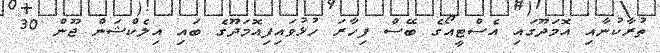
ތުރާކުނާއި އޮމަދޫގައި އެސްޓީއޯގެ ބޭސް ފިހާރަ ހުޅުވައިފިއޮމަދޫގެ ބައި އިލެކްޝަން ޖޫން 30